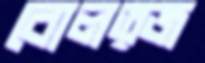
বোলত্জ